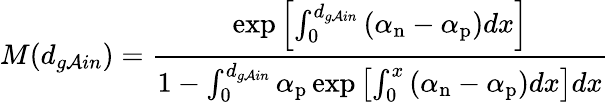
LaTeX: M(d_{g\mathcal{A}in})=\frac{{\exp\left[\int_{0}^{d_{g\mathcal{A}in}}\left(\alpha_{\mathrm{{n}}}-\alpha_{\mathrm{{p}}}\right)dx\right]}}{{1-\int_{0}^{d_{g\mathcal{A}in}}\alpha_{\mathrm{{p}}}\exp\left[\int_{0}^{x}\left(\alpha_{\mathrm{{n}}}-\alpha_{\mathrm{{p}}}\right)dx\right]dx}}